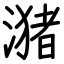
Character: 潴